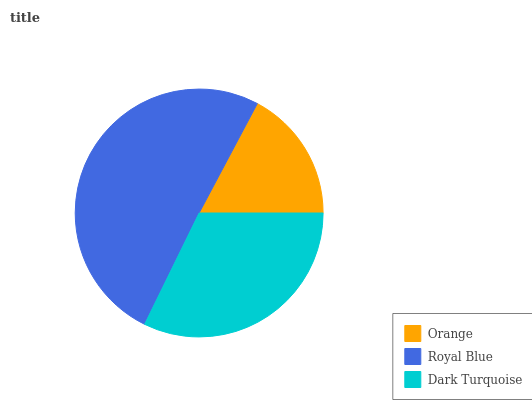
| Orange | Royal Blue | Dark Turquoise |
 | --- | --- | --- |
 | 17.2% | 50.5% | 32.3% |